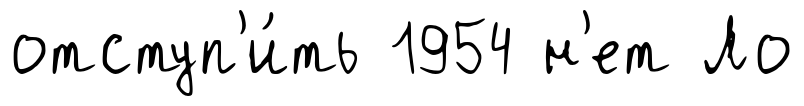
отступ'и́ть 1954 н'ет Ло